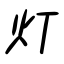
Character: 灯